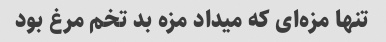
تنها مزه‌ای که میداد مزه بد تخم مرغ بود